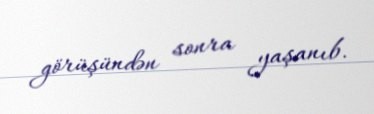
görüşündən sonra yaşanıb.